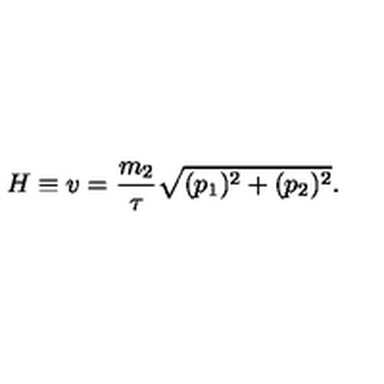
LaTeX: H \equiv v = \frac { m _ { 2 } } { \tau } \sqrt { ( p _ { 1 } ) ^ { 2 } + ( p _ { 2 } ) ^ { 2 } } .